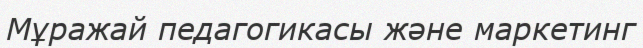
Мұражай педагогикасы және маркетинг